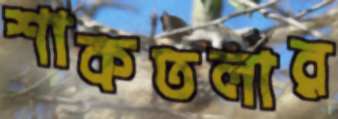
শাকতলার